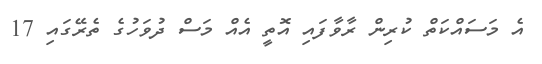
އެ މަސައްކަތް ކުރިން ރާވާފައި އޮތީ އެއް މަސް ދުވަހުގެ ތެރޭގައި 17